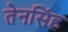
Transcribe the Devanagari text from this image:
तेनसिंह